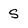
Character: s